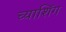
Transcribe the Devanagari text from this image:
च्याशिंग